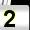
Digit: 2